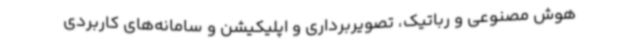
هوش مصنوعی و رباتیک، تصویربرداری و اپلیکیشن‌ و سامانه‌های کاربردی